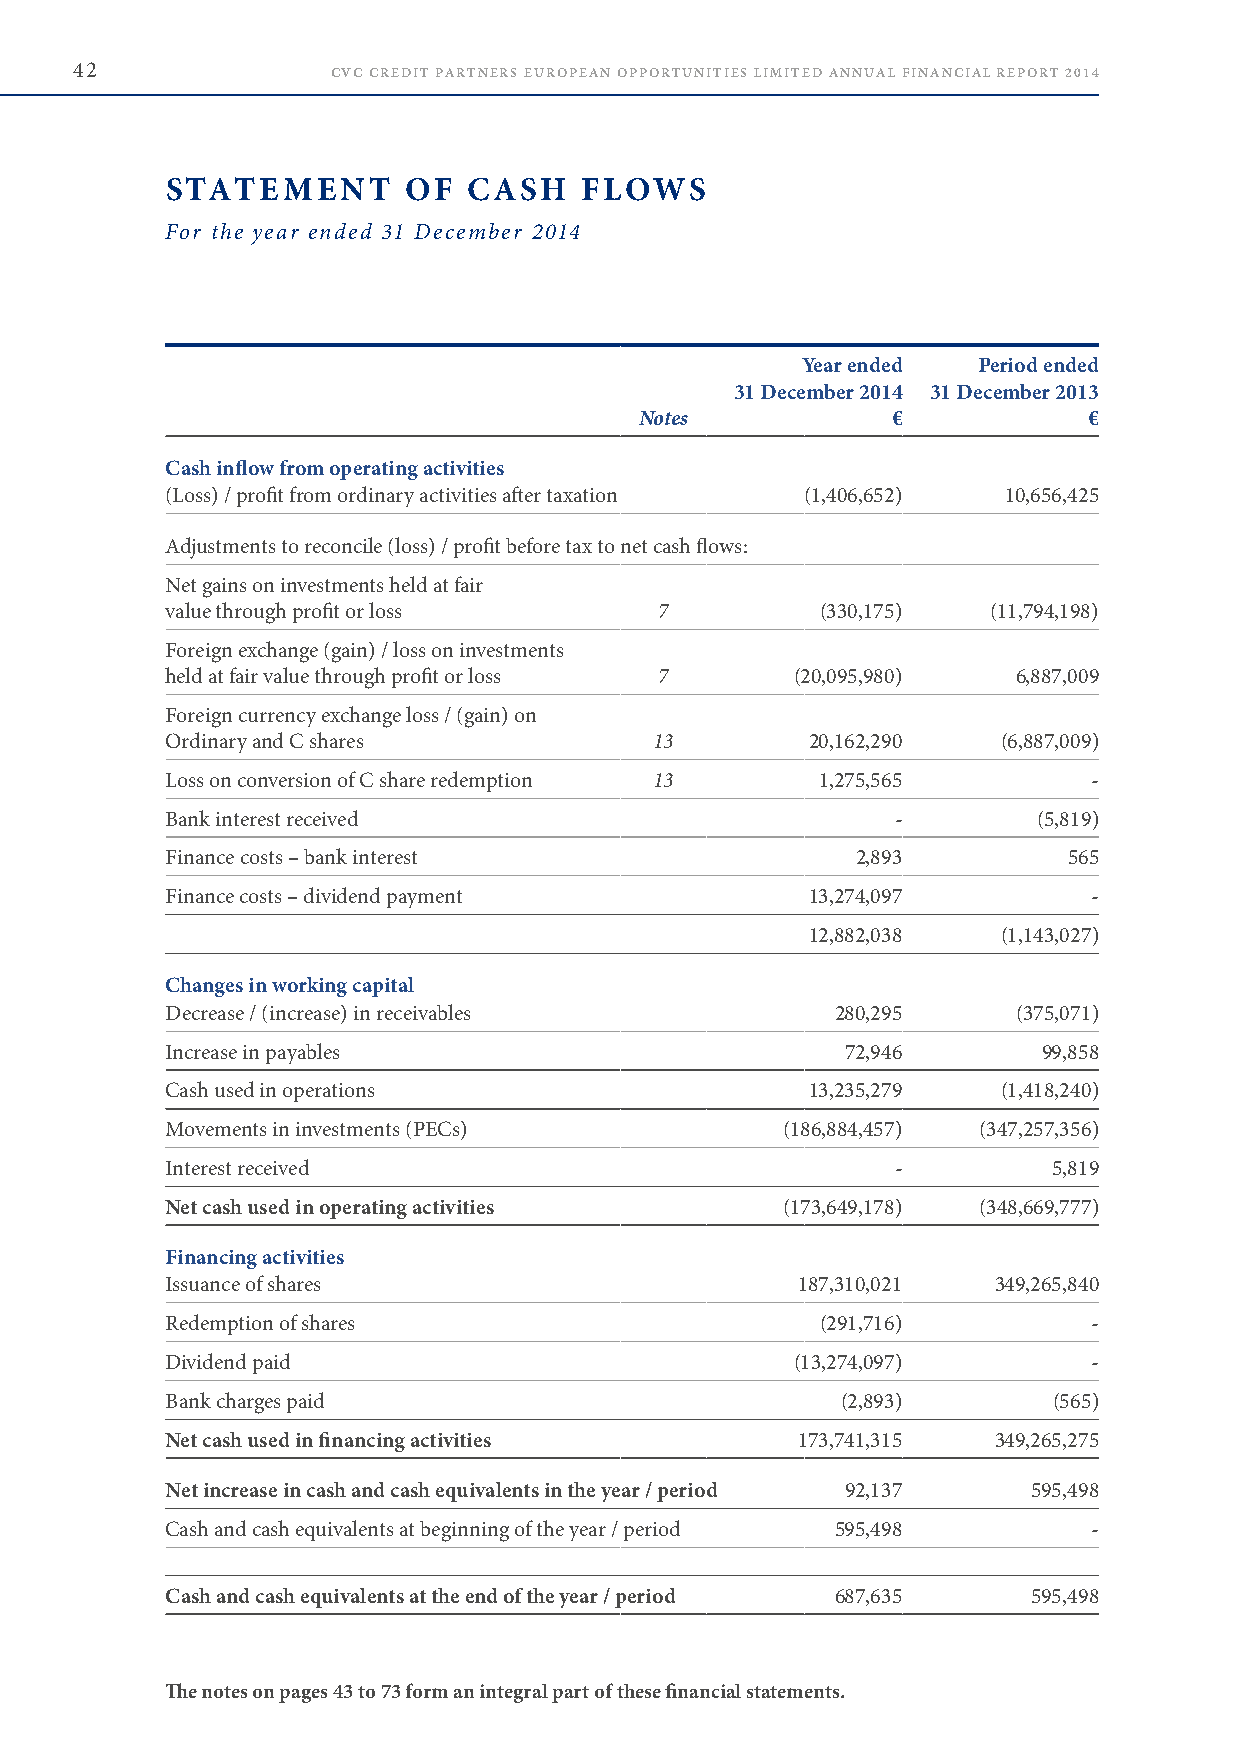
42               CVC CREDIT PARTNERS EUROPEAN OPPORTUNITIES LIMITED ANNUAL FINANCIAL REPORT 2014
 STATEMENT       OF  CASH   FLOWS
 For the year ended 31 December 2014
 Year ended  Period ended
 31 December 2014 31 December 2013
 Notes            €            €
 Cash inflow from operating activities
 (Loss) / profit from ordinary activities after taxation (1,406,652) 10,656,425
 Adjustments to reconcile (loss) / profit before tax to net cash flows:
 Net gains on investments held at fair
 value through profit or loss     7         (330,175)   (11,794,198)
 Foreign exchange (gain) / loss on investments
 held at fair value through profit or loss 7 (20,095,980) 6,887,009
 Foreign currency exchange loss / (gain) on
 Ordinary and C shares           13         20,162,290  (6,887,009)
 Loss on conversion of C share redemption 13 1,275,565        -
 Bank interest received                          -         (5,819)
 Finance costs – bank interest                 2,893         565
 Finance costs – dividend payment           13,274,097        -
 12,882,038  (1,143,027)
 Changes in working capital
 Decrease / (increase) in receivables        280,295     (375,071)
 Increase in payables                         72,946       99,858
 Cash used in operations                    13,235,279  (1,418,240)
 Movements in investments (PECs)          (186,884,457) (347,257,356)
 Interest received                               -          5,819
 Net cash used in operating activities    (173,649,178) (348,669,777)
 Financing activities
 Issuance of shares                        187,310,021  349,265,840
 Redemption of shares                       (291,716)         -
 Dividend paid                             (13,274,097)       -
 Bank charges paid                            (2,893)       (565)
 Net cash used in financing activities     173,741,315  349,265,275
 Net increase in cash and cash equivalents in the year / period 92,137 595,498
 Cash and cash equivalents at beginning of the year / period 595,498 -
 Cash and cash equivalents at the end of the year / period 687,635 595,498
 The notes on pages 43 to 73 form an integral part of these financial statements.